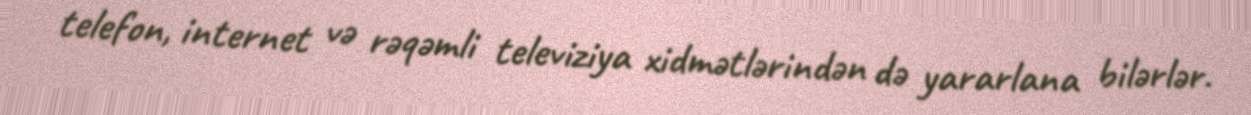
telefon, internet və rəqəmli televiziya xidmətlərindən də yararlana bilərlər.